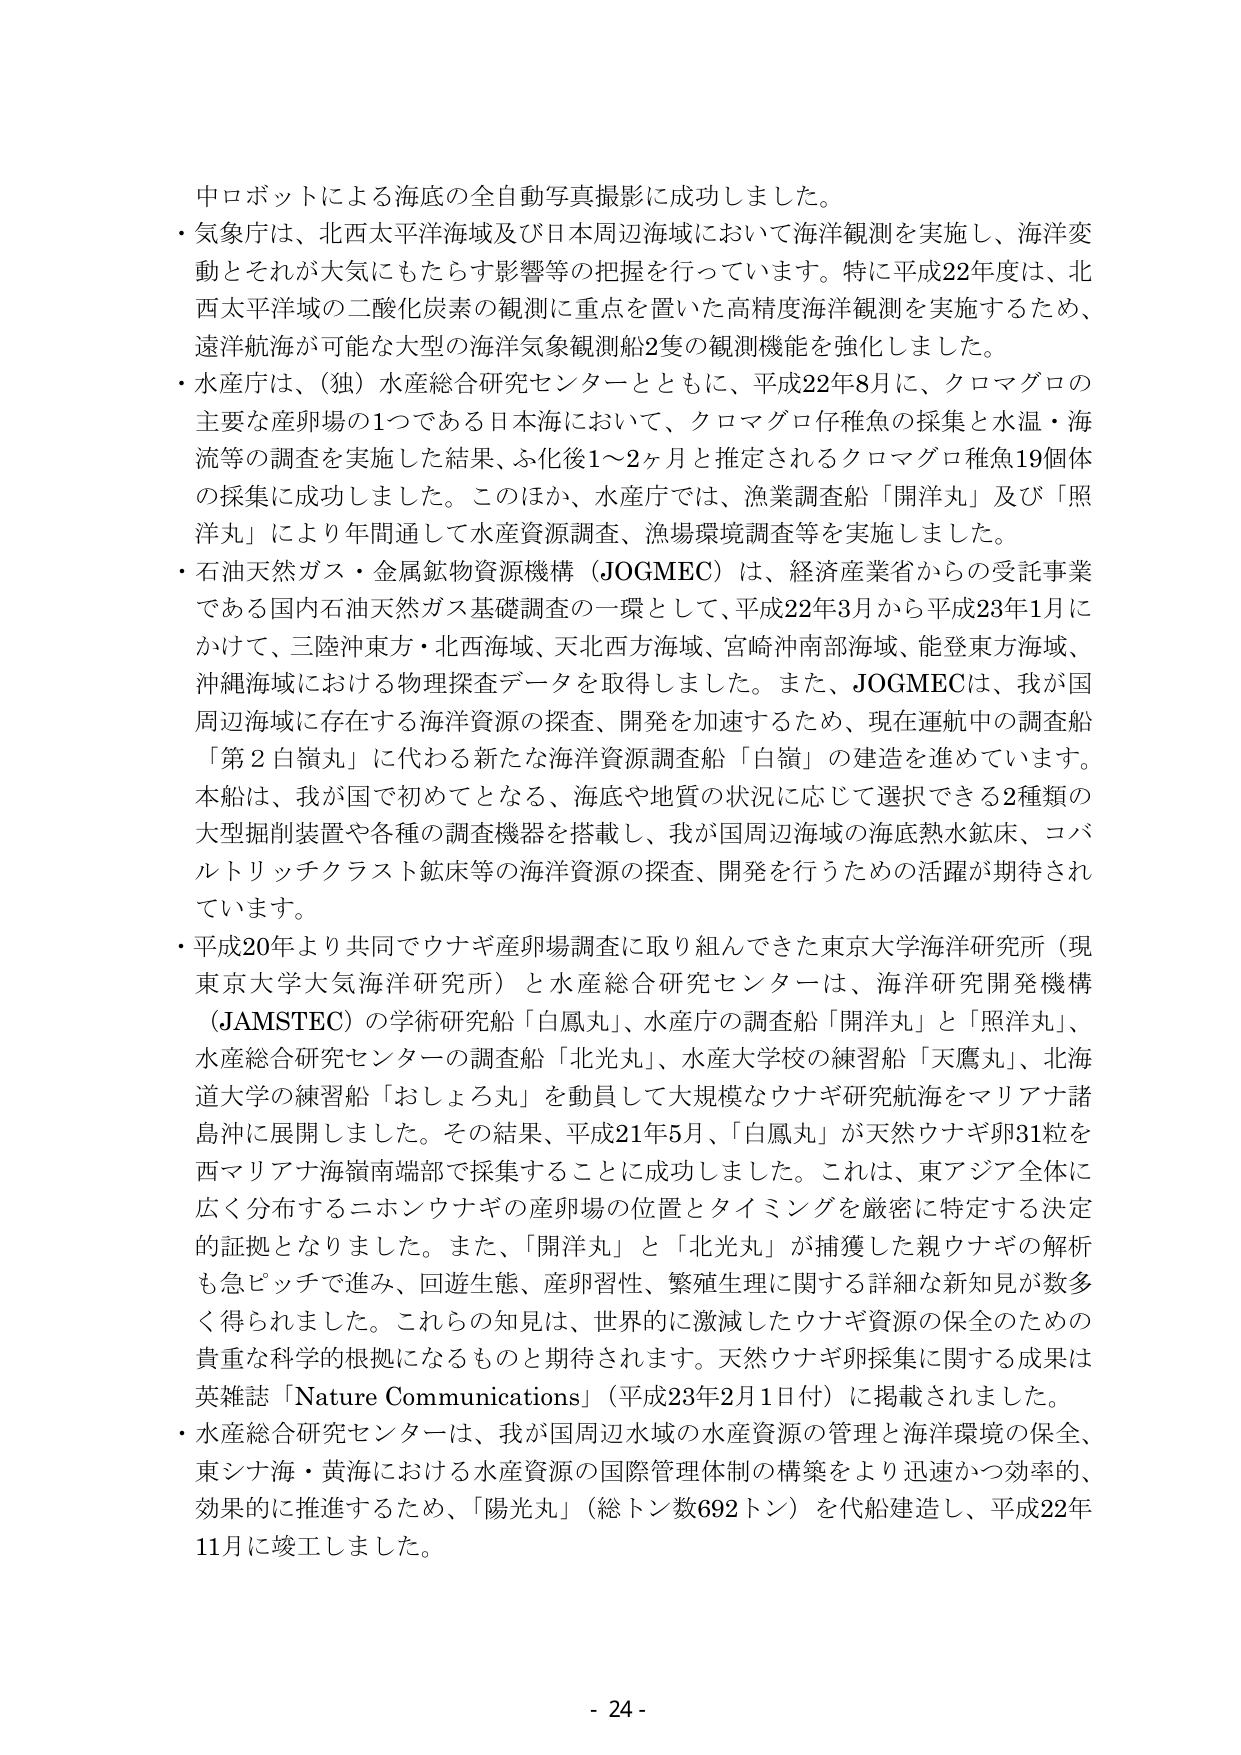
中ロボットによる海底の全自動写真撮影に成功しました。

・気象庁は、北西太平洋海域及び日本周辺海域において海洋観測を実施し、海洋変動とそれが大気にもたらす影響等の把握を行っています。特に平成22年度は、北西太平洋域の二酸化炭素の観測に重点を置いた高精度海洋観測を実施するため、遠洋航海が可能な大型の海洋気象観測船2隻の観測機能を強化しました。

・水産庁は、（独）水産総合研究センターとともに、平成22年8月に、クロマグロの主要な産卵場の1つである日本海において、クロマグロ仔稚魚の採集と水温・海流等の調査を実施した結果、ふ化後1～2ヶ月と推定されるクロマグロ稚魚19個体の採集に成功しました。このほか、水産庁では、漁業調査船「開洋丸」及び「照洋丸」により年間通して水産資源調査、漁場環境調査等を実施しました。

・石油天然ガス・金属鉱物資源機構（JOGMEC）は、経済産業省からの受託事業である国内石油天然ガス基礎調査の一環として、平成22年3月から平成23年1月にかけて、三陸沖東方・北西海域、天北西方海域、宮崎沖南部海域、能登東方海域、沖縄海域における物理探査データを取得しました。また、JOGMECは、我が国周辺海域に存在する海洋資源の探査、開発を加速するため、現在運航中の調査船「第2白嶺丸」に代わる新たな海洋資源調査船「白嶺」の建造を進めています。本船は、我が国で初めてとなる、海底や地質の状況に応じて選択できる2種類の大型掘削装置や各種の調査機器を搭載し、我が国周辺海域の海底熱水鉱床、コバルトリッチクラスト鉱床等の海洋資源の探査、開発を行うための活躍が期待されています。

・平成20年より共同でウナギ産卵場調査に取り組んできた東京大学海洋研究所（現東京大学大气海洋研究所）と水産総合研究センターは、海洋研究開発機構（JAMSTEC）の学術研究船「白鳳丸」、水産庁の調査船「開洋丸」と「照洋丸」、水産総合研究センターの調査船「北光丸」、水産大学校の練習船「天鷹丸」、北海道大学の練習船「おしょろ丸」を動員して大規模なウナギ研究航海をマリアナ諸島沖に展開しました。その結果、平成21年5月、「白鳳丸」が天然ウナギ卵31粒を西マリアナ海嶺南端部で採集することに成功しました。これは、東アジア全体に広く分布するニホンウナギの産卵場の位置とタイミングを厳密に特定する決定的証拠となりました。また、「開洋丸」と「北光丸」が捕獲した親ウナギの解析も急ピッチで進み、回遊生態、産卵習性、繁殖生理に関する詳細な新知見が数多く得られました。これらの知見は、世界的に激減したウナギ資源の保全のための貴重な科学的根拠になるものと期待されます。天然ウナギ卵採集に関する成果は英雑誌「Nature Communications」（平成23年2月1日付）に掲載されました。

・水産総合研究センターは、我が国周辺水域の水産資源の管理と海洋環境の保全、東シナ海・黄海における水産資源の国際管理体制の構築をより迅速かつ効率的、効果的に推進するため、「陽光丸」（総トン数692トン）を代船建造し、平成22年11月に竣工しました。

- 24 -